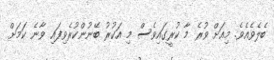
ބެލެވެއެވެ. މިއަށް ވުރެ މާ ކުރީގައިވެސް މި އަކުރު ބޭނުންކުރެވިފައި ވާނެ ކަމަށް